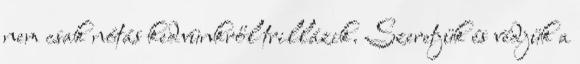
nem csak nótás kedvünkről trillázik. Szeretjük és védjük a